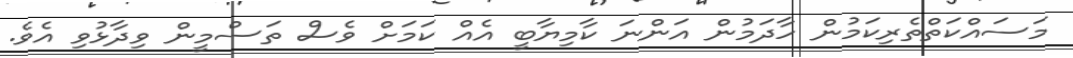
މަސައްކަތްތެރިކަމުން ހާދަމުން އަންނަ ކާމިޔާބީ އެއް ކަމަށް ވެސް ތަސްމީން ވިދާޅުވި އެވެ.